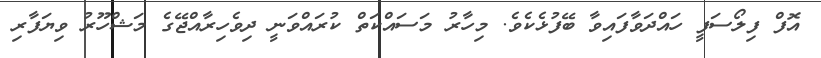
އޮފް ފިލޯސަފީ ހައްދަވާފައިވާ ބޭފުޅެކެވެ. މިހާރު މަސައްކަތް ކުރައްވަނީ ދިވެހިރާއްޖޭގެ މަޝްހޫރު ވިޔަފާރި